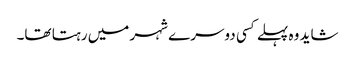
شاید وہ پہلے کسی دوسرے شہر میں رہتا تھا۔